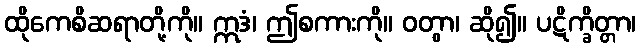
ထိုကေစိဆရာတို့ကို။ ဣဒံ၊ ဤစကားကို။ ဝတွာ၊ ဆို၍။ ပဋိက္ခိတ္တာ၊